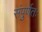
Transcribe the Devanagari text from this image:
संपुर्णतः